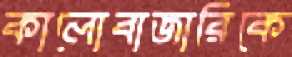
কালোবাজারিকে